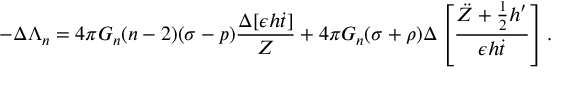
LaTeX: - \Delta \Lambda _ { n } = 4 \pi G _ { n } ( n - 2 ) ( \sigma - p ) \frac { \Delta [ \epsilon h \dot { t } ] } { Z } + 4 \pi G _ { n } ( \sigma + \rho ) \Delta \left[ \frac { \ddot { Z } + \frac { 1 } { 2 } h ^ { \prime } } { \epsilon h \dot { t } } \right] .